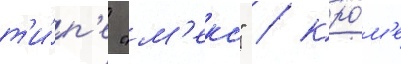
т'и́п'е "м'еко" / кро́м'е